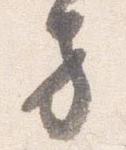
方